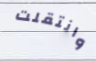
وانتقلت